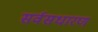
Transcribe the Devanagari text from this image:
सर्वसधारण